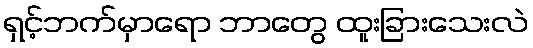
ရှင့်ဘက်မှာရော ဘာတွေ ထူးခြားသေးလဲ